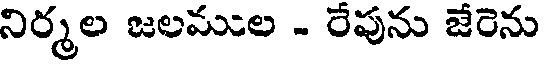
నిర్మల జలముల - రేపును జేరెను